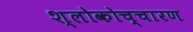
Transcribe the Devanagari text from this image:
श्लोकोच्चारण